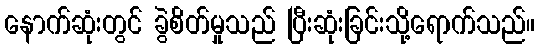
နောက်ဆုံးတွင် ခွဲစိတ်မှုသည် ပြီးဆုံးခြင်းသို့ရောက်သည်။